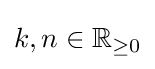
k,n\in \mathbb {R} _{\geq 0}